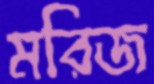
মরিজ